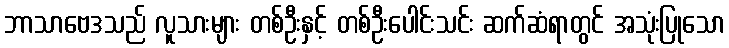
ဘာသာဗေဒသည် လူသားများ တစ်ဦးနှင့် တစ်ဦးပေါင်းသင်း ဆက်ဆံရာတွင် အသုံးပြုသော